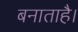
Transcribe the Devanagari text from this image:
बनाताहै।